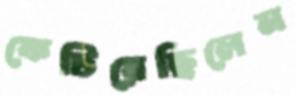
ফেটিয়েছিলেন